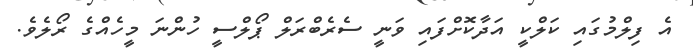
އެ ފިލްމުގައި ކަލްކީ އަދާކޮށްފައި ވަނީ ސެރެބްރަލް ޕޯލްސީ ހުންނަ މީހެއްގެ ރޯލެވެ.